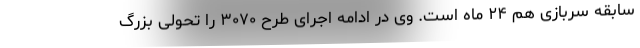
سابقه سربازی هم ۲۴ ماه است. وی در ادامه اجرای طرح ۳۰۷۰ را تحولی بزرگ